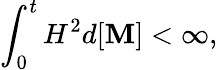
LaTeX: \int_{0}^{t}H^{2}d[\mathbf{M}]<\infty,